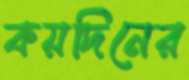
কয়দিনের